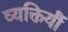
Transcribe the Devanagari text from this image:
व्यक्तियौं